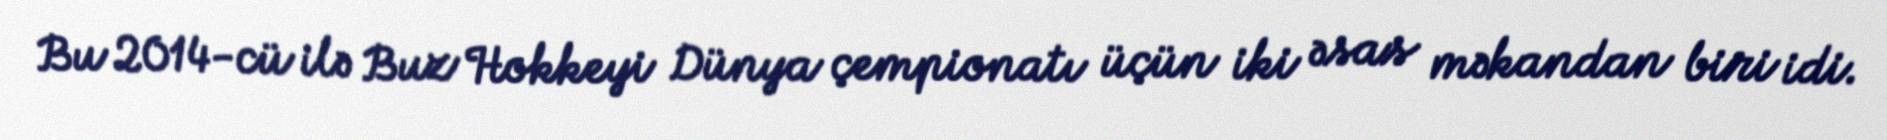
Bu 2014-cü ilə Buz Hokkeyi Dünya çempionatı üçün iki əsas məkandan biri idi.